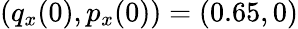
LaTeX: (q_{x}(0),p_{x}(0))=(0.65,0)